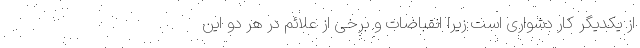
از یکدیگر کار دشواری است زیرا انقباضات و برخی از علائم در هر دو این